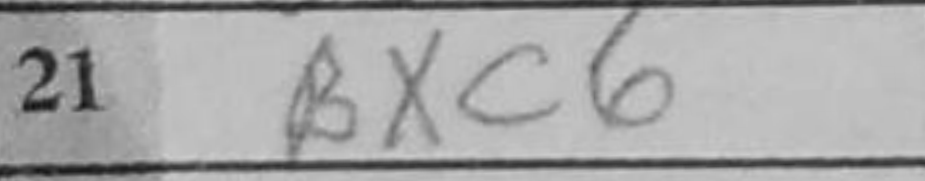
Transcription: Bxc6